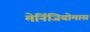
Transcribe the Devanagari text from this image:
मेनिंजियोमास